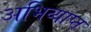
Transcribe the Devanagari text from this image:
अभिव्याप्त